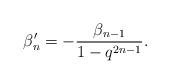
LaTeX: \begin{align*} \beta'_n = -\frac{\beta_{n-1}}{1-q^{2n-1}}.\end{align*}